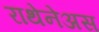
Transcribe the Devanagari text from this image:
राथेनेअस